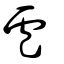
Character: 盧